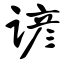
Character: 谚